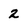
Character: 2